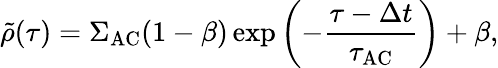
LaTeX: \tilde{\rho}(\tau)=\Sigma_{\mathrm{AC}}(1-\beta)\exp{\left(-\frac{\tau-\Delta t}{\tau_{\mathrm{AC}}}\right)}+\beta,